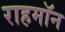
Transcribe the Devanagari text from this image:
राहमॉन